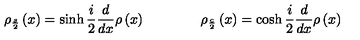
\rho _ { \frac { s } { 2 } } \left( x \right) = \sinh \frac { i } { 2 } \frac { d } { d x } \rho \left( x \right) \qquad \qquad \rho _ { \frac { c } { 2 } } \left( x \right) = \cosh \frac { i } { 2 } \frac { d } { d x } \rho \left( x \right)